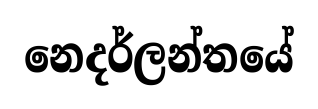
නෙදර්ලන්තයේ